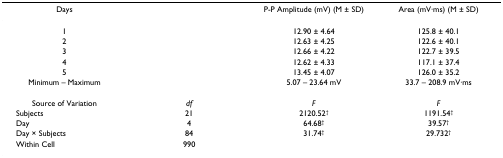
<table><thead><tr><td><b>Days</b></td><td></td><td><b>P-P Amplitude (mV) (M ± SD)</b></td><td><b>Area (mV·ms) (M ± SD)</b></td></tr></thead><tbody><tr><td>1</td><td></td><td>12.90 ± 4.64</td><td>125.8 ± 40.1</td></tr><tr><td>2</td><td></td><td>12.63 ± 4.25</td><td>122.6 ± 40.1</td></tr><tr><td>3</td><td></td><td>12.66 ± 4.22</td><td>122.7 ± 39.5</td></tr><tr><td>4</td><td></td><td>12.62 ± 4.33</td><td>117.1 ± 37.4</td></tr><tr><td>5</td><td></td><td>13.45 ± 4.07</td><td>126.0 ± 35.2</td></tr><tr><td>Minimum – Maximum</td><td></td><td>5.07 – 23.64 mV</td><td>33.7 – 208.9 mV·ms</td></tr><tr><td>Source of Variation</td><td><i>df</i></td><td><i>F</i></td><td><i>F</i></td></tr><tr><td> Subjects</td><td>21</td><td>2120.52<sup>†</sup></td><td>1191.54<sup>†</sup></td></tr><tr><td> Day</td><td>4</td><td>64.68<sup>†</sup></td><td>39.57<sup>†</sup></td></tr><tr><td> Day × Subjects</td><td>84</td><td>31.74<sup>†</sup></td><td>29.732<sup>†</sup></td></tr><tr><td> Within Cell</td><td>990</td><td></td><td></td></tr></tbody></table>